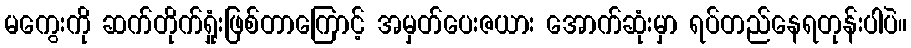
မကွေးကို ဆက်တိုက်ရှုံးဖြစ်တာကြောင့် အမှတ်ပေးဇယား အောက်ဆုံးမှာ ရပ်တည်နေရတုန်းပါပဲ။